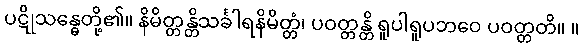
ပဋိုသန္ဓေတို့၏။ နိမိတ္တန္တိသင်္ခါရနိမိတ္တံ၊ ပဝတ္တန္တိ ရူပါရူပဘဝေ ပဝတ္တတိ။ ။